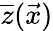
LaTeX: \overline{{z}}(\vec{x})